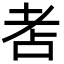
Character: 𦒻